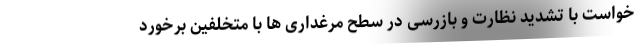
خواست با تشدید نظارت و بازرسی در سطح مرغداری ها با متخلفین برخورد